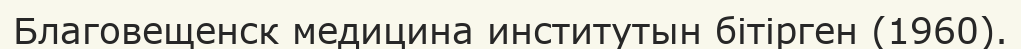
Благовещенск медицина институтын бітірген (1960).